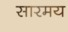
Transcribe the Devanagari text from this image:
सारमय